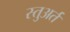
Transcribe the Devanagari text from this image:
स्तुअर्त